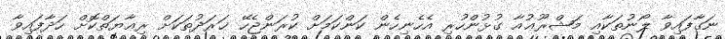
ނަގާފައިވާ ލޯނުތަކާއި މަޝްރޫޢުއާ ގުޅުންހުރި އެހެނިހެން ކަންކަމަށް ކުރަންޖެހޭ ޚަރަދުތަކަށް ރިޢާޔަތްކޮށް ހަދާފައިވާ